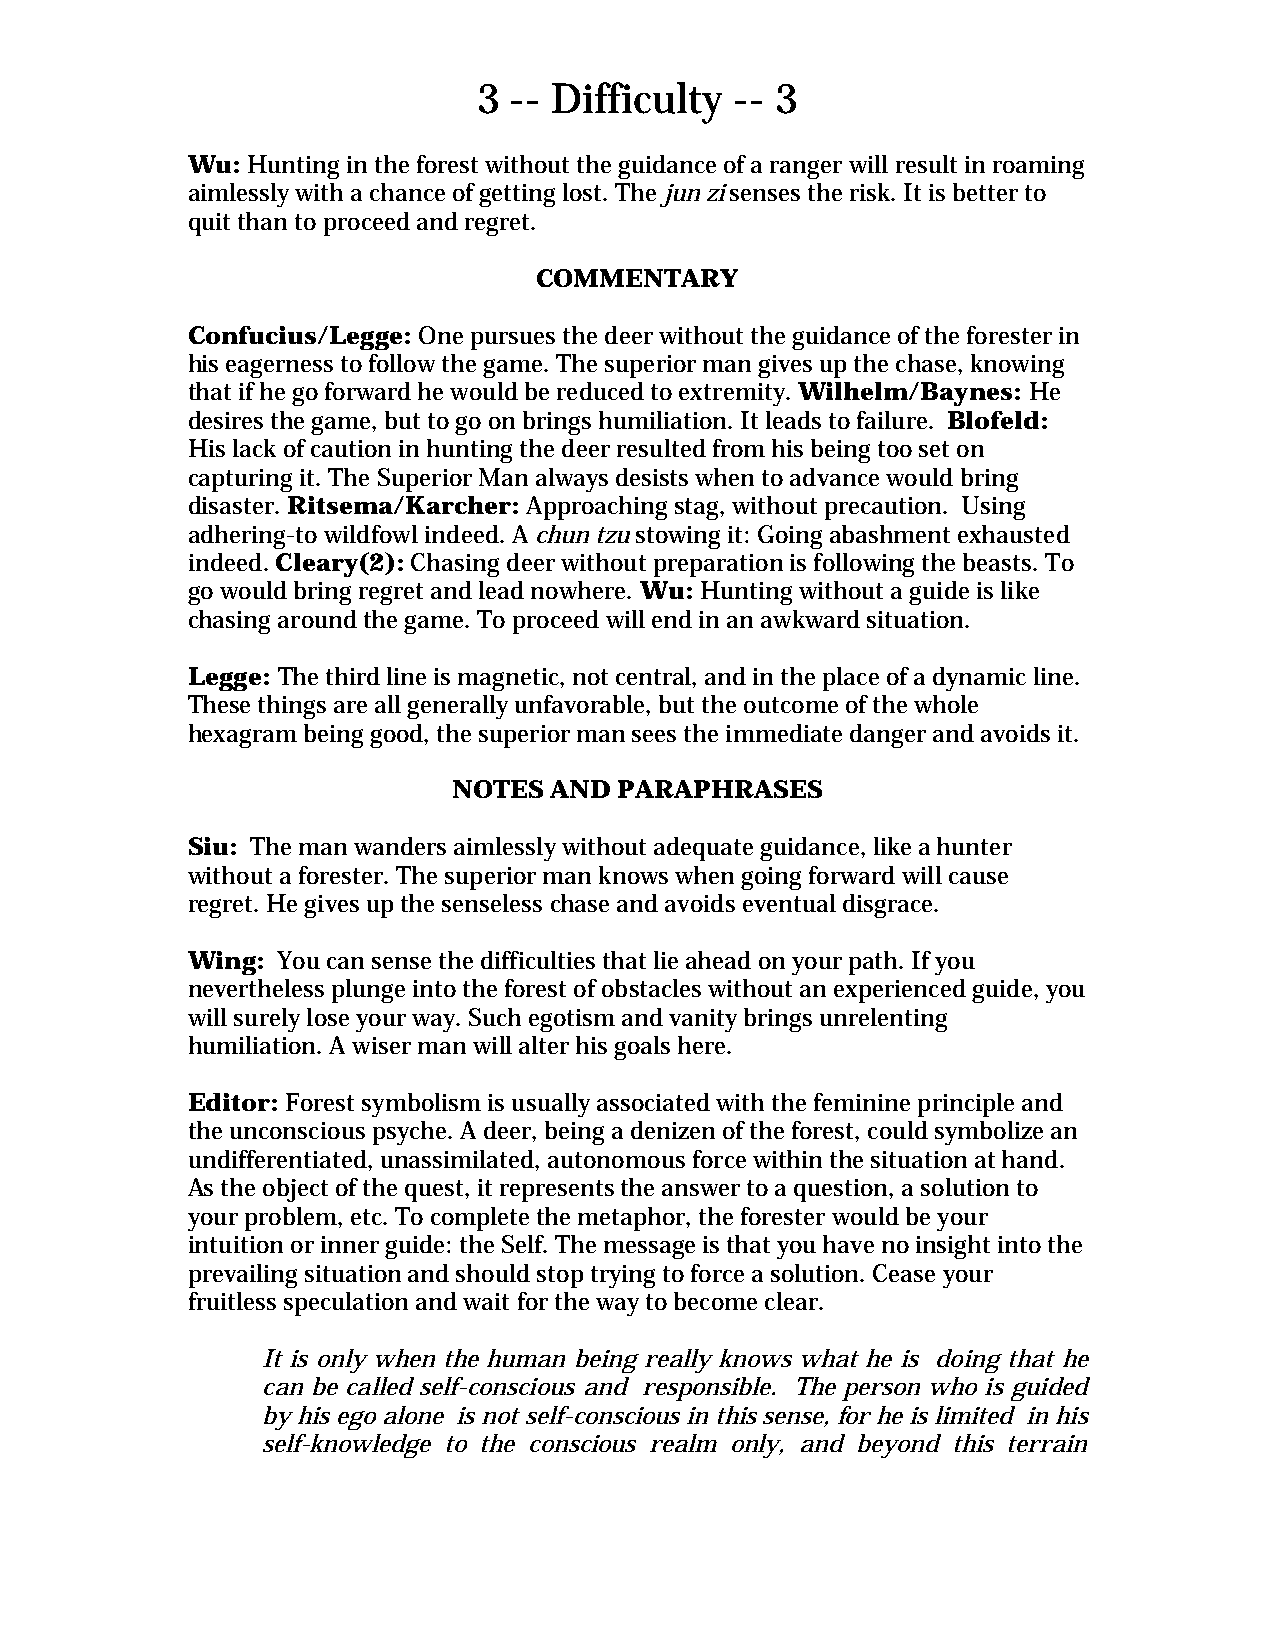
3 -- Difficulty  -- 3
 Wu: Hunting in the forest without the guidance of a ranger will result in roaming
 aimlessly with a chance of getting lost. The jun zi senses the risk. It is better to
 quit than to proceed and regret.
 COMMENTARY
 Confucius/Legge: One pursues the deer without the guidance of the forester in
 his eagerness to follow the game. The superior man gives up the chase, knowing
 that if he go forward he would be reduced to extremity. Wilhelm/Baynes: He
 desires the game, but to go on brings humiliation. It leads to failure. Blofeld:
 His lack of caution in hunting the deer resulted from his being too set on
 capturing it. The Superior Man always desists when to advance would bring
 disaster. Ritsema/Karcher: Approaching stag, without precaution. Using
 adhering-to wildfowl indeed. A chun tzu stowing it: Going abashment exhausted
 indeed. Cleary(2): Chasing deer without preparation is following the beasts. To
 go would bring regret and lead nowhere. Wu: Hunting without a guide is like
 chasing around the game. To proceed will end in an awkward situation.
 Legge: The third line is magnetic, not central, and in the place of a dynamic line.
 These things are all generally unfavorable, but the outcome of the whole
 hexagram being good, the superior man sees the immediate danger and avoids it.
 NOTES AND  PARAPHRASES
 Siu: The man wanders aimlessly without adequate guidance, like a hunter
 without a forester. The superior man knows when going forward will cause
 regret. He gives up the senseless chase and avoids eventual disgrace.
 Wing: You can sense the difficulties that lie ahead on your path. If you
 nevertheless plunge into the forest of obstacles without an experienced guide, you
 will surely lose your way. Such egotism and vanity brings unrelenting
 humiliation. A wiser man will alter his goals here.
 Editor: Forest symbolism is usually associated with the feminine principle and
 the unconscious psyche. A deer, being a denizen of the forest, could symbolize an
 undifferentiated, unassimilated, autonomous force within the situation at hand.
 As the object of the quest, it represents the answer to a question, a solution to
 your problem, etc. To complete the metaphor, the forester would be your
 intuition or inner guide: the Self. The message is that you have no insight into the
 prevailing situation and should stop trying to force a solution. Cease your
 fruitless speculation and wait for the way to become clear.
 It is only when the human being really knows what he is doing that he
 can be called self-conscious and responsible. The person who is guided
 by his ego alone is not self-conscious in this sense, for he is limited in his
 self-knowledge to the conscious realm only, and beyond this terrain